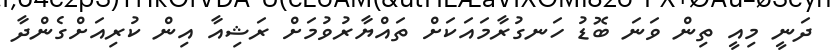
ދަނީ މިއީ ތިން ވަނަ ބޮޑު ހަނގުރާމައަކަށް ތައްޔާރުވުމަށް ރަޝިއާ އިން ކުރިއަށްގެންދާ